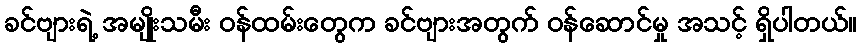
ခင်ဗျားရဲ့ အမျိုးသမီး ဝန်ထမ်းတွေက ခင်ဗျားအတွက် ဝန်ဆောင်မှု အသင့် ရှိပါတယ်။